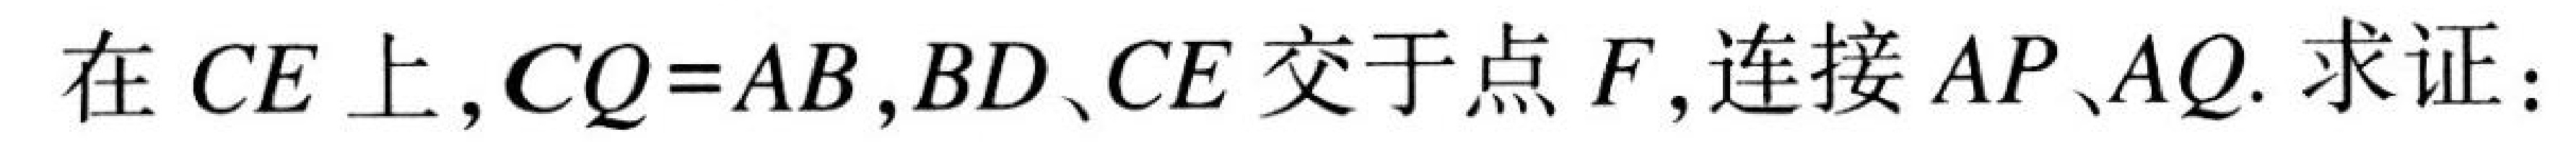
在\(CE\)上，\(CQ = AB\)，\(BD\)、\(CE\)交于点\(F\)，连接\(AP\)、\(AQ\). 求证：